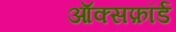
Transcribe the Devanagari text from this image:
ऑक्सफ़ॉर्ड